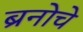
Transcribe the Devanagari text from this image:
ब्रनोचे